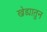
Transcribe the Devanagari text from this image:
खेड्यातुन